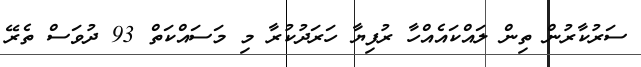
ސަރުކާރުން ތިން ލައްކައެއްހާ ރުފިޔާ ހަރަދުކުރާ މި މަސައްކަތް 93 ދުވަސް ތެރޭ